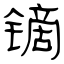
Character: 镝